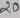
Text: 20